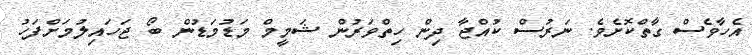
އެހާވެސް ގާތްކޮށެވެ. ނަރުސް ކުއްޖާ ދިން ހިތްވަރުން ޝަމީމް މަޑުމަޑުން ބޯ ޖަހައިލުމަށްފަހު